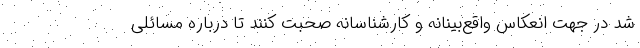
شد در جهت انعکاس واقع‌بینانه و کارشناسانه صحبت کنند تا درباره مسائلی